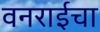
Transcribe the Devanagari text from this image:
वनराईचा